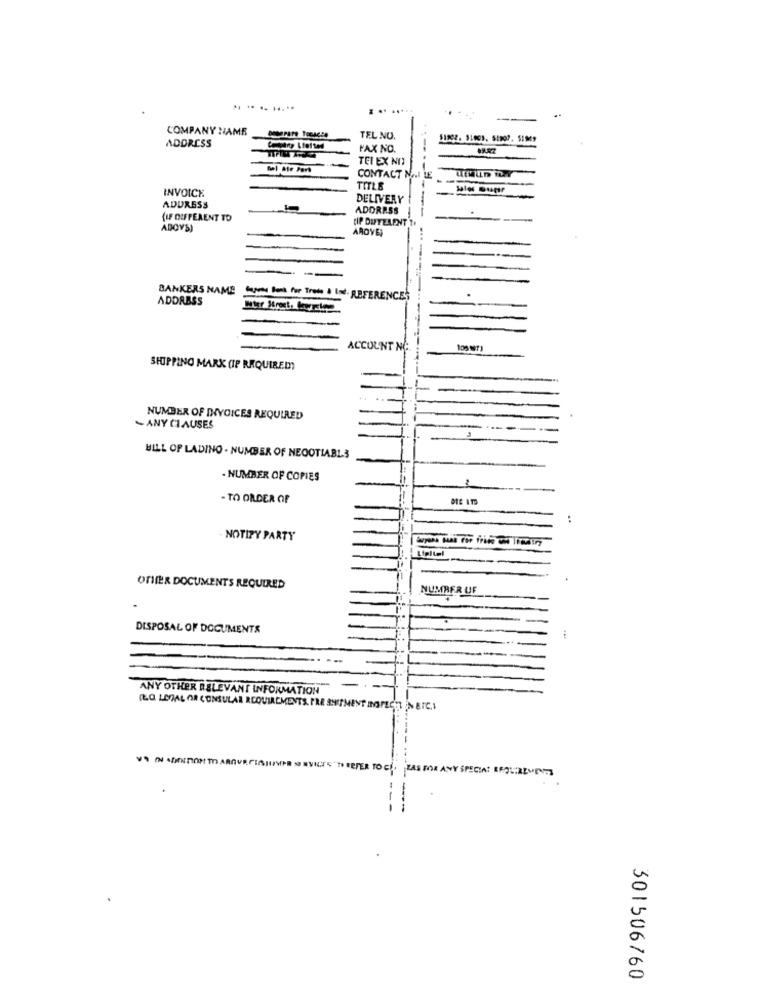
.... .....
. .. .....
COMPANY NAME
TEL NO.
ADDRESS
FAX NO.
TEI EX NI
Del Me Park
CONTACT NOI LE
INVOICE
TITLE
DELIVERY
ADURESS
-
ADDRESS
{IF DIFFERENT TO
--
ADOYS)
AROVE;
BANKERS NAME
ADDRESS
Cover Band for Trots & Ind. REFERENCES
Water Street, Carretera
ACCOUNT NO
SHOPPING MARK (IP REQUIRED)
NUMBER OF INVOICES REQUIRED
-ANY CLAUSES
BILL OF LADING - NUMBER OF NEGOTIABLE
· NUMBER OF COPIES
- TO ORDER OF
NOTIFY PARTY
Lipitel
-
OTHER DOCUMENTS REQUIRED
NUMBER UF
DISPOSAL OF DOCUMENTS
ANY OTHER RELEVANT INFORMATION
(LO LEGAL OR CONSULAR REQUIREMENTS. PRE SHIPMENT INSPECET IN ETC.1
TO CO. HAS FOR ANY SPECIAL REQUIREMENTS
301506760